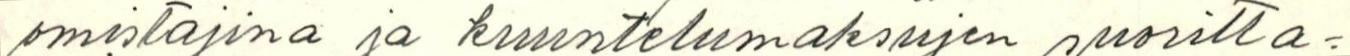
omistajina ja kuuntelumaksujen suoritta=